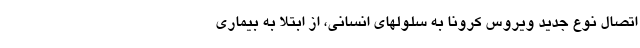
اتصال نوع جدید ویروس کرونا به سلولهای انسانی، از ابتلا به بیماری